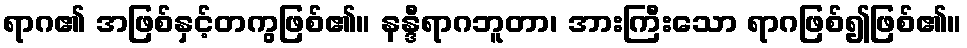
ရာဂ၏ အဖြစ်နှင့်တကွဖြစ်၏။ နန္ဒီရာဂဘူတာ၊ အားကြီးသော ရာဂဖြစ်၍ဖြစ်၏။